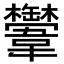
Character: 𩏴